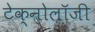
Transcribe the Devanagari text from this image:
टेक्नोलाॅजी